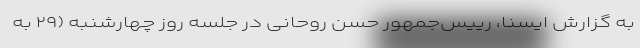
به گزارش ایسنا، رییس‌جمهور حسن روحانی در جلسه روز چهارشنبه (۲۹ به